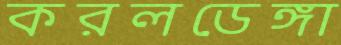
করলডেঙ্গা